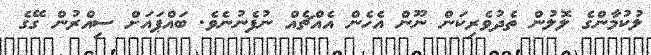
ލުކުމާންގެ ލޮލުން ތެދުވެރިކަން ނޫން އެހެން އެއްޗެއް ނުފެނުނެވެ. ބައްޕައަށް ސިއްރުން ގޭގެ